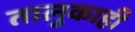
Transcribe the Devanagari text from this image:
तालुकाही